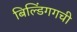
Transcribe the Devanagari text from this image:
बिल्डिंगगची